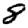
Digit: 8